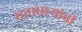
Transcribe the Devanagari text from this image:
सत्ताधार्‍यांची